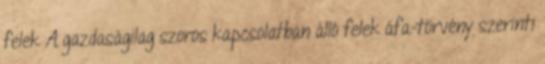
felek A gazdaságilag szoros kapcsolatban álló felek áfa-törvény szerinti